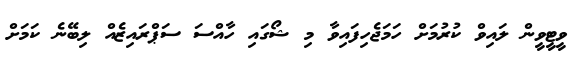
ވީޓީވީން ލައިވް ކުރުމަށް ހަމަޖެހިފައިވާ މި ޝޯގައި ހާއްސަ ސަޕްރައިޒެއް ލިބޭނެ ކަމަށް